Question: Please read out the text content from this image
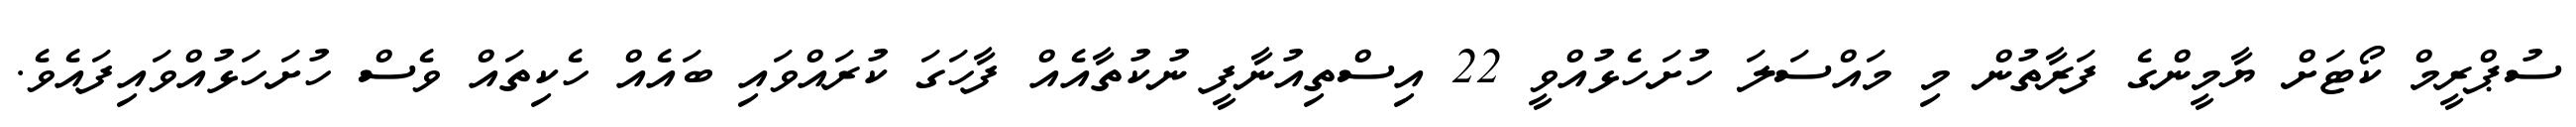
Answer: ސުޕްރީމް ކޯޓަށް ޔާމީންގެ ފަރާތުން މި މައްސަލަ ހުށަހެޅުއްވީ 22 އިސްތިއުނާފީ ނުކުތާއެއް ފާހަގަ ކުރައްވައި ބައެއް ހެކިތައް ވެސް ހުށަހަޅުއްވައިފައެވެ.